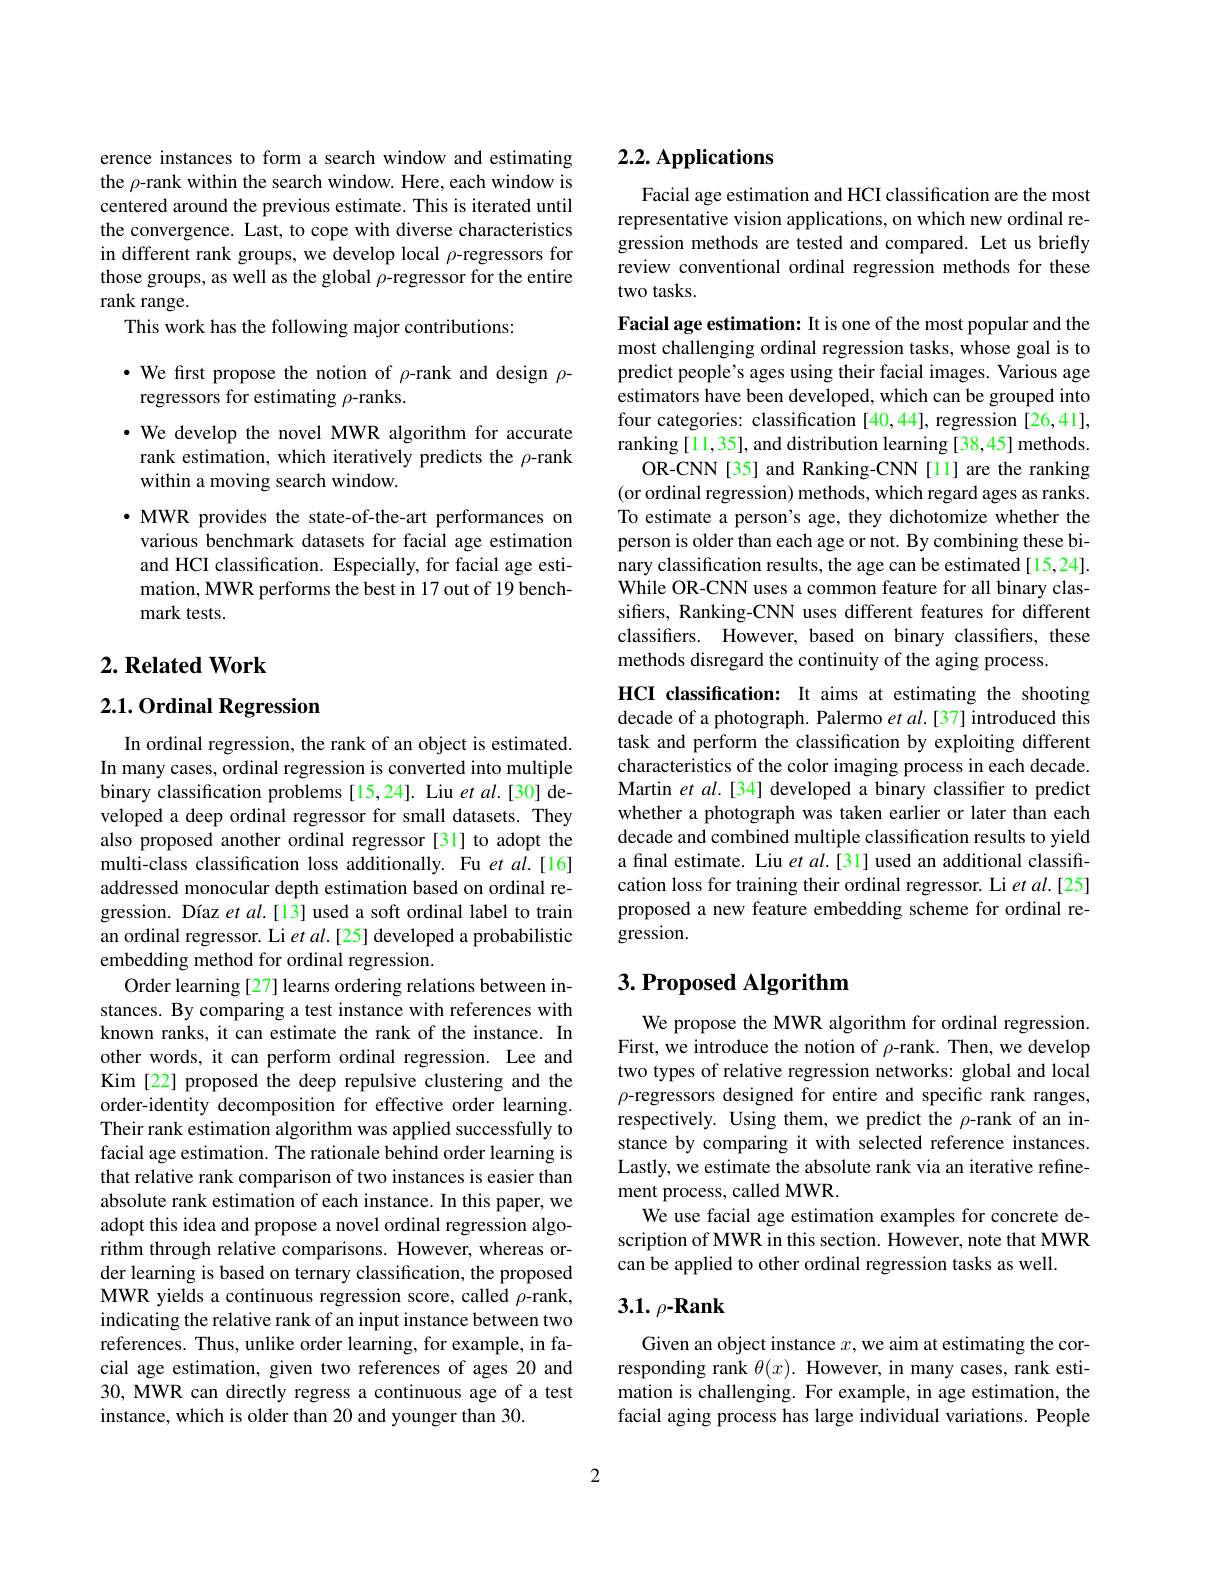
erence instances to form a search window and estimating the $\rho$-rank within the search window. Here, each window is centered around the previous estimate. This is iterated until the convergence. Last, to cope with diverse characteristics in different rank groups, we develop local $\rho$-regressors for those groups, as well as the global $\rho$-regressor for the entire rank range.
This work has the following major contributions:

$\bullet$ We first propose the notion of $\rho$-rank and design $\rho$-
regressors for estimating $\rho$-ranks.
$\cdot$ We develop the novel MWR algorithm for accurate rank estimation, which iteratively predicts the $\rho$-rank within a moving search window.
$\cdot$ MWR provides the state-of-the-art performances on various benchmark datasets for facial age estimation

and HCI classification. Especially, for facial age esti-

mation, MWR performs the best in 17 out of 19 bench-

mark tests.

## $2. \textbf{Related Work}$

## 2.1.0rdinal Regression

In ordinal regression, the rank of an object is estimated. In many cases, ordinal regression is converted into multiple binary classification problems[15,24]. Liu et al.[30] developed a deep ordinal regressor for small datasets. They also proposed another ordinal regressor [31] to adopt the multi-class classification loss additionally. Fu et al.[16] addressed monocular depth estimation based on ordinal regression. Díaz et al.[13] used a soft ordinal label to train an ordinal regressor. Li $etal.[25]$ developed a probabilistic embedding method for ordinal regression.
Order learning [27] learns ordering relations between instances. By comparing a test instance with references with known ranks, it can estimate the rank of the instance. In other words, it can perform ordinal regression. Lee and Kim [22] proposed the deep repulsive clustering and the order-identity decomposition for effective order learning. Their rank estimation algorithm was applied successfully to facial age estimation. The rationale behind order learning is that relative rank comparison of two instances is easier than absolute rank estimation of each instance. In this paper, we adopt this idea and propose a novel ordinal regression algorithm through relative comparisons. However, whereas order learning is based on ternary classification, the proposed MWR yields a continuous regression score, called $\rho$-rank, indicating the relative rank of an input instance between two references. Thus, unlike order learning, for example, in facial age estimation, given two references of ages 20 and 30, MWR can directly regress a continuous age of a test instance, which is older than 20 and younger than 30.

# 2.2. Applications

Facial age estimation and HCI classification are the most representative vision applications, on which new ordinal regression methods are tested and compared. Let us briefly review conventional ordinal regression methods for these two tasks.

Facial age estimation: It is one of the most popular and the most challenging ordinal regression tasks, whose goal is to predict people's ages using their facial images. Various age estimators have been developed, which can be grouped into four categories: classification [40,44], regression [26,41], ranking[11,35], and distribution learning[38,45] methods.
OR-CNN[35] and Ranking-CNN[11] are the ranking (or ordinal regression) methods, which regard ages as ranks. To estimate a person's age, they dichotomize whether the person is older than each age or not. By combining these binary classification results, the age can be estimated [15,24]. While OR-CNN uses a common feature for all binary classifers, Ranking-CNN uses different features for different classifiers. However, based on binary classifiers, these methods disregard the continuity of the aging process.
HCI classification: It aims at estimating the shooting decade of a photograph. Palermo et al.[37] introduced this task and perform the classification by exploiting different characteristics of the color imaging process in each decade. Martin et al.[34] developed a binary classifier to predict whether a photograph was taken earlier or later than each decade and combined multiple classification results to yield a final estimate. Liu $etal.[31]$ used an additional classification loss for training their ordinal regressor. Li $et$ al.[25] proposed a new feature embedding scheme for ordinal regression.

# $3. \textbf{ Proposed Algorithm}$

We propose the MWR algorithm for ordinal regression. First, we introduce the notion of $\rho$-rank. Then, we develop two types of relative regression networks: global and local $\rho$-regressors designed for entire and specific rank ranges, respectively. Using them, we predict the $\rho$-rank of an instance by comparing it with selected reference instances. Lastly, we estimate the absolute rank via an iterative refinement process, called MWR.
We use facial age estimation examples for concrete description of MWR in this section. However, note that MWR can be applied to other ordinal regression tasks as well.

# $3.1.\rho-Rank$

Given an object instance $x$, we aim at estimating the corresponding rank $\theta(x).$ However, in many cases, rank estimation is challenging. For example, in age estimation, the facial aging process has large individual variations. People

2